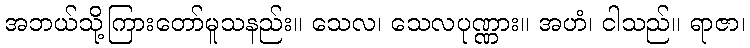
အဘယ်သို့ကြားတော်မူသနည်း။ သေလ၊ သေလပုဏ္ဏား။ အဟံ၊ ငါသည်။ ရာဇာ၊